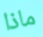
ماذا